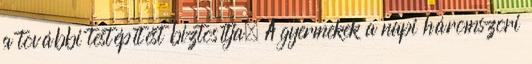
a további testépítést biztosítja. A gyermekek a napi háromszori